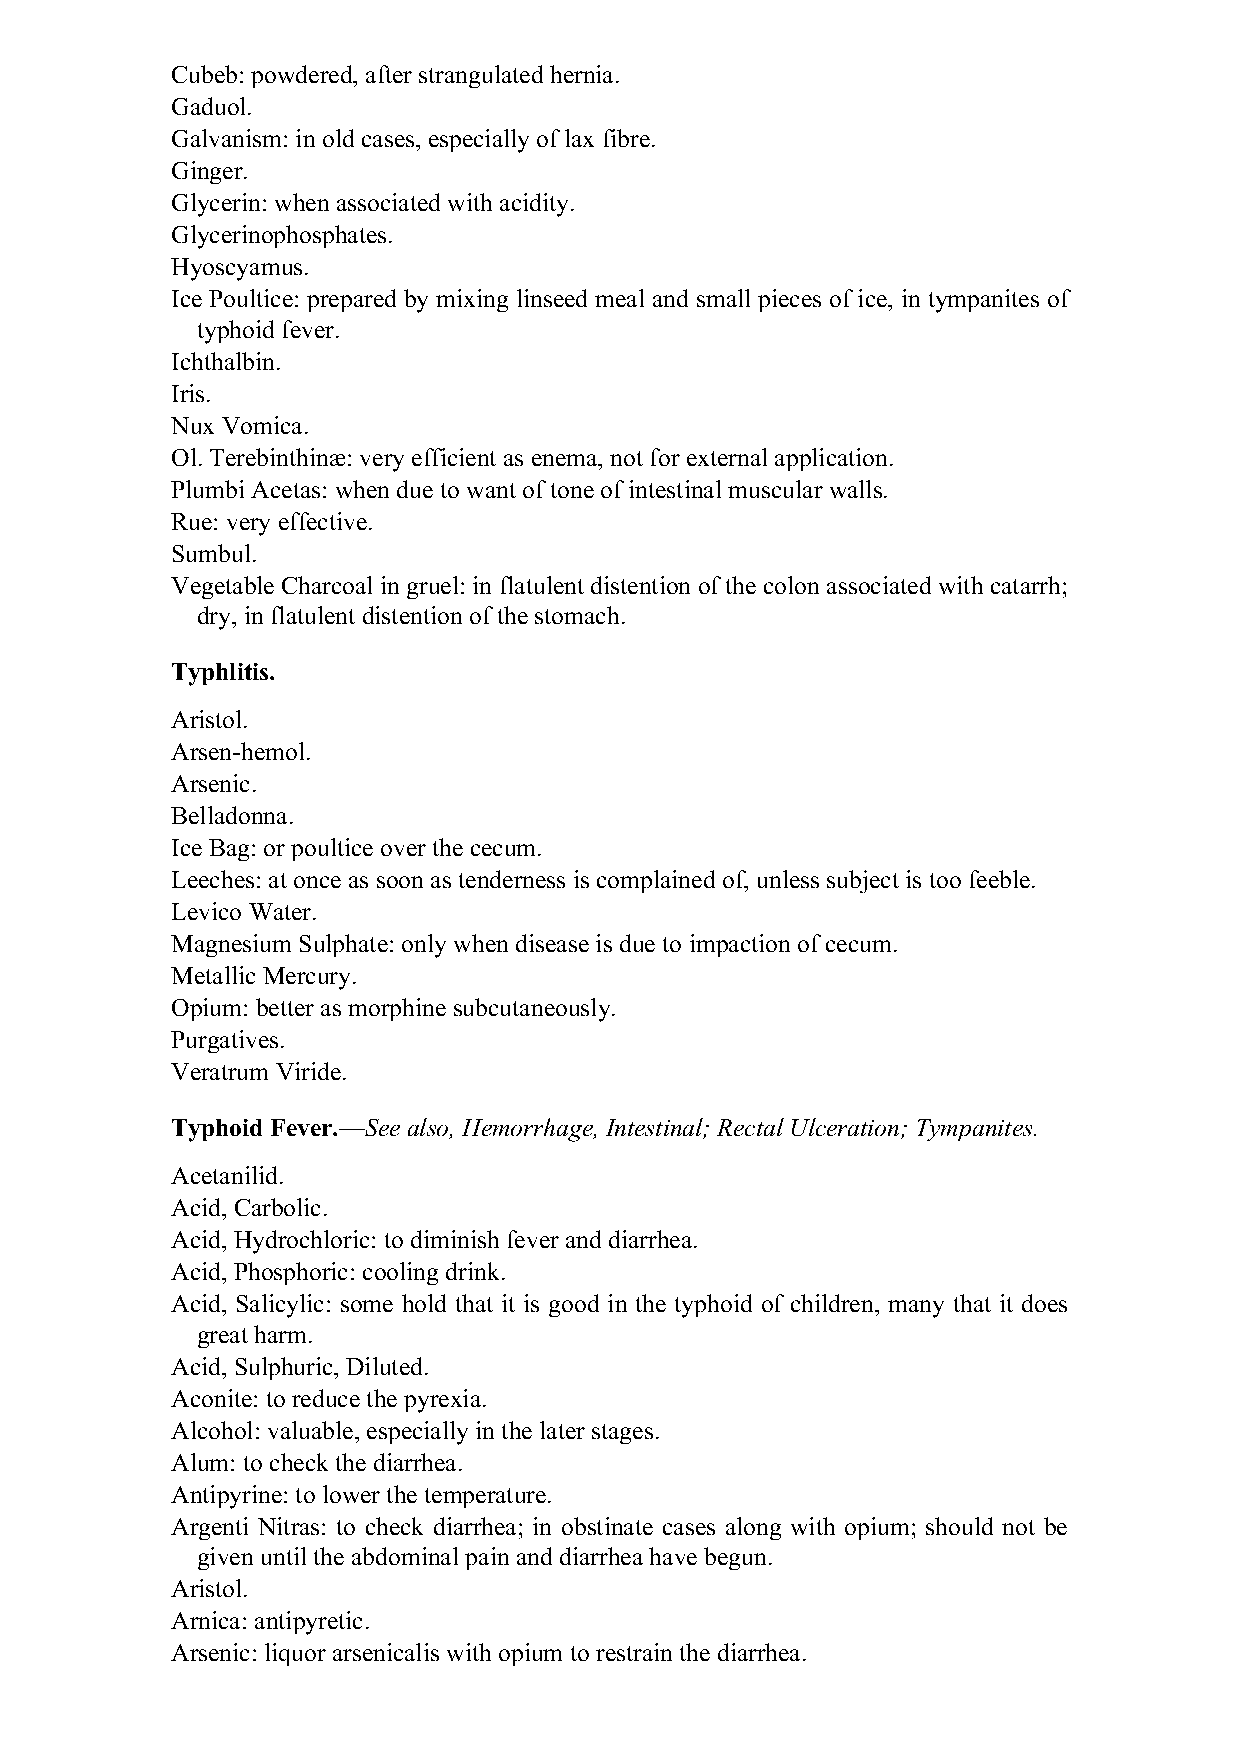
Cubeb: powdered, after strangulated hernia.
 Gaduol.
 Galvanism: in old cases, especially of lax fibre.
 Ginger.
 Glycerin: when associated with acidity.
 Glycerinophosphates.
 Hyoscyamus.
 Ice Poultice: prepared by mixing linseed meal and small pieces of ice, in tympanites of
 typhoid fever.
 Ichthalbin.
 Iris.
 Nux Vomica.
 Ol. Terebinthinæ: very efficient as enema, not for external application.
 Plumbi Acetas: when due to want of tone of intestinal muscular walls.
 Rue: very effective.
 Sumbul.
 Vegetable Charcoal in gruel: in flatulent distention of the colon associated with catarrh;
 dry, in flatulent distention of the stomach.
 Typhlitis.
 Aristol.
 Arsen-hemol.
 Arsenic.
 Belladonna.
 Ice Bag: or poultice over the cecum.
 Leeches: at once as soon as tenderness is complained of, unless subject is too feeble.
 Levico Water.
 Magnesium Sulphate: only when disease is due to impaction of cecum.
 Metallic Mercury.
 Opium: better as morphine subcutaneously.
 Purgatives.
 Veratrum Viride.
 Typhoid Fever.—See also, Hemorrhage, Intestinal; Rectal Ulceration; Tympanites.
 Acetanilid.
 Acid, Carbolic.
 Acid, Hydrochloric: to diminish fever and diarrhea.
 Acid, Phosphoric: cooling drink.
 Acid, Salicylic: some hold that it is good in the typhoid of children, many that it does
 great harm.
 Acid, Sulphuric, Diluted.
 Aconite: to reduce the pyrexia.
 Alcohol: valuable, especially in the later stages.
 Alum: to check the diarrhea.
 Antipyrine: to lower the temperature.
 Argenti Nitras: to check diarrhea; in obstinate cases along with opium; should not be
 given until the abdominal pain and diarrhea have begun.
 Aristol.
 Arnica: antipyretic.
 Arsenic: liquor arsenicalis with opium to restrain the diarrhea.